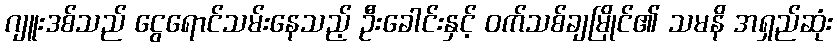
ဂျူးဒစ်သည် ငွေရောင်သမ်းနေသည့် ဦးခေါင်းနှင့် ဝက်သစ်ချမြိုင်၏ သမနိ အရှည်ဆုံး